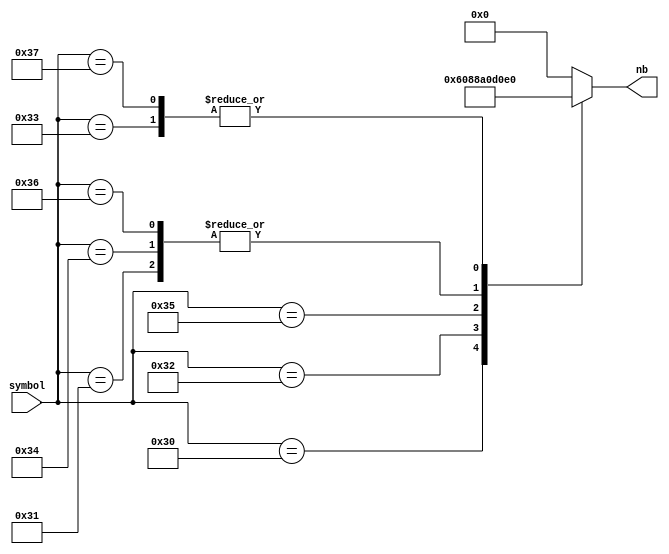
`timescale 1ns / 1ps


module nb_rom(
    input [7:0] symbol,
    output [7:0] nb
    );

    reg [7:0] nb_reg;

    always @ (symbol) begin
        case (symbol)
            8'b00110000 : begin
                nb_reg = 8'b01100000;
            end
            8'b00110001 : begin
                nb_reg = 8'b11010000;
            end
            8'b00110010 : begin
                nb_reg = 8'b10001000;
            end
            8'b00110011 : begin
                nb_reg = 8'b11100000;
            end
            8'b00110100 : begin
                nb_reg = 8'b11010000;
            end
            8'b00110101 : begin
                nb_reg = 8'b10100000;
            end
            8'b00110110 : begin
                nb_reg = 8'b11010000;
            end
            8'b00110111 : begin
                nb_reg = 8'b11100000;
            end
            default : begin
                nb_reg = 8'b00000000;
            end
        endcase
    end

    assign nb = nb_reg;

endmodule